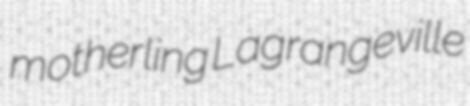
motherling Lagrangeville